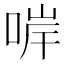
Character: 𠵚